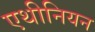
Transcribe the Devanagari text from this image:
एथीनियन